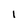
Character: 1